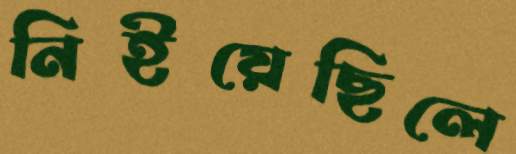
নিইয়েছিলে